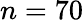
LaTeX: n=70